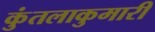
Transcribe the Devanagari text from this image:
कुंतलाकुमारी